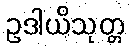
ဥဒါယိသုတ္တ